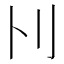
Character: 𠚩